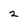
Character: 2